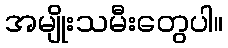
အမျိုးသမီးတွေပါ။